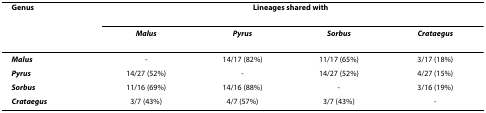
| Genus | <COLSPAN=4> Lineages shared with |
 |  | Malus | Pyrus | Sorbus | Crataegus |
 | --- | --- | --- | --- | --- |
 | Malus | - | 14/17 (82%) | 11/17 (65%) | 3/17 (18%) |
 | Pyrus | 14/27 (52%) | - | 14/27 (52%) | 4/27 (15%) |
 | Sorbus | 11/16 (69%) | 14/16 (88%) | - | 3/16 (19%) |
 | Crataegus | 3/7 (43%) | 4/7 (57%) | 3/7 (43%) | - |